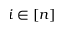
i \in [ n ]